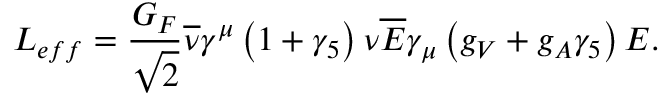
{ \cal L } _ { e f f } = \frac { G _ { F } } { \sqrt { 2 } } \overline { { { \nu } } } \gamma ^ { \mu } \left( 1 + \gamma _ { 5 } \right) \nu \overline { { { E } } } \gamma _ { \mu } \left( g _ { V } + g _ { A } \gamma _ { 5 } \right) E .